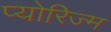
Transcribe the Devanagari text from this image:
प्योरिज्म